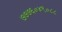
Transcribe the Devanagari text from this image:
७७७६०४९०८८